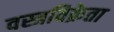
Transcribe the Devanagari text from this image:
वस्त्रविक्रेता